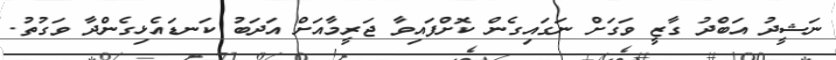
ނަޝީދު އަބްދު ގާޒީ ވަގަށް ނަގައިގެން ކޮށްފައިވާ ޖަރީމާއަށް އަދަބު ކަނޑައެޅިގެންދާ ވަގުތު.